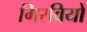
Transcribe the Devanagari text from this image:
गिरवियों